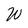
Character: W